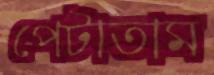
পেটাতাম